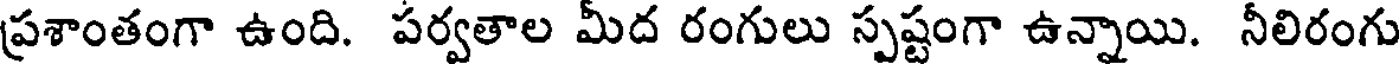
ప్రశాంతంగా ఉంది. పర్వతాల మీద రంగులు స్పష్టంగా ఉన్నాయి. నీలిరంగు